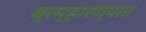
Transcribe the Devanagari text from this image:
ब्रम्हारण्यात